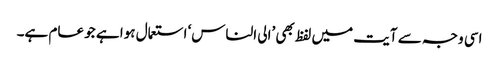
اسی وجہ سے آیت میں لفظ بھی ’الی الناس‘ استعمال ہوا ہے جو عام ہے۔